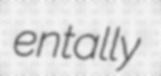
entally